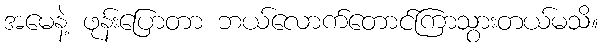
အမေနဲ့ ဖုန်းပြောတာ ဘယ်လောက်တောင်ကြာသွားတယ်မသိ။